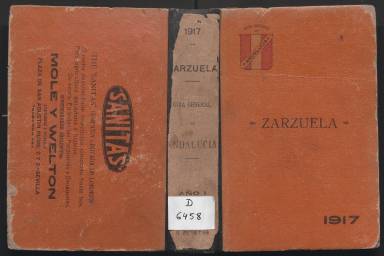
Título: Guía general de Andalucía
Colección: Industria || Guías y directorios
Ámbito geográfico: Sevilla
Lugar de publicación: Sevilla
Fechas: 01/01/1917-31/12/1922